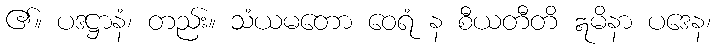
၏။ ပဒဋ္ဌာနံ၊ တည်း။ သံယမတော ဝေရံ န စီယတီတိ ဣမိနာ ပဒေန၊